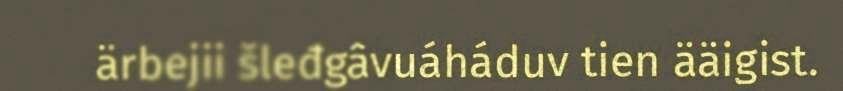
ärbejii šleđgâvuáháduv tien ääigist.